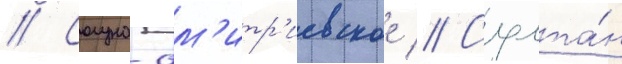
// Солуно-дм'итр'иевское // Султа́н